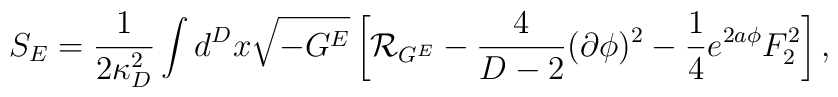
S_E={1\over{2\kappa^2_D}}\int d^Dx\sqrt{-G^E}\left[{\cal R}_{G^E}-{4\over{D-2}}(\partial\phi)^2-{1\over 4}e^{2a\phi}F^2_2\right],